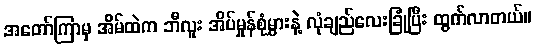
အတော်ကြာမှ အိမ်ထဲက ဘီလူး အိပ်မှုန်စုံမွှားနဲ့ လုံချည်လေးခြုံပြီး ထွက်လာတယ်။